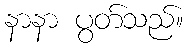
နာနာ ပွတ်သည်။